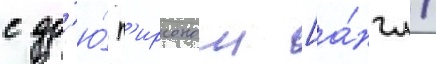
с др'ю́ п'ирсоном [а́нгл.